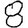
Digit: 8